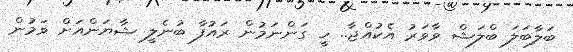
ބަލާބަލަ ބްލަޝް ވާވަރު އެކުއްޖާ.. ހީ ގަންނަމުން ރައުފާ ބުނެލީ ޝާޔަންއަށް ވަމުން